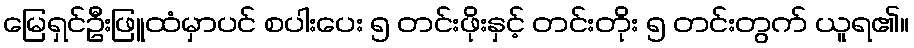
မြေရှင်ဦးဖြူထံမှာပင် စပါးပေး ၅ တင်းဖိုးနှင့် တင်းတိုး ၅ တင်းတွက် ယူရ၏။